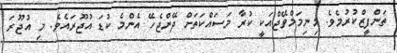
ތަންފީޒްކުރުމެވެ. މިނިމަމްވޭޖްއަކީ ކުރާ މަސައްކަތަށް ދޭންޖެހޭ އެންމެ ކުޑަ އުޖޫރައެވެ. މި އުޖޫރަ